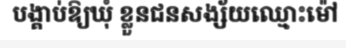
បង្គាប់ឱ្យឃុំ ខ្លួនជនសង្ស័យឈ្មោះម៉ៅ